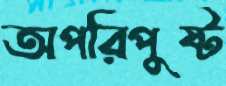
অপরিপুষ্ট